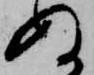
ぬ